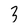
Character: 3